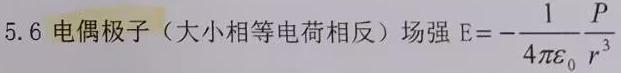
5.6 电偶极子（大小相等电荷相反）场强 $E = - \frac{1}{4 \pi \varepsilon_0} \frac{P}{r^3}$